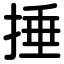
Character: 捶